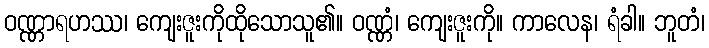
ဝဏ္ဏာရဟဿ၊ ကျေးဇူးကိုထိုသောသူ၏။ ဝဏ္ဏံ၊ ကျေးဇူးကို။ ကာလေန၊ ရံခါ။ ဘူတံ၊